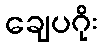
ချေပဂိုး